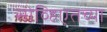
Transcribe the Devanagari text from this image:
सोव्हिएतच्या